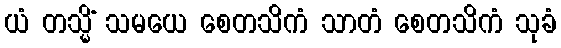
ယံ တသ္မိံ သမယေ စေတသိကံ သာတံ စေတသိကံ သုခံ